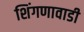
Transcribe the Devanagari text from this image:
शिंगणावाडी